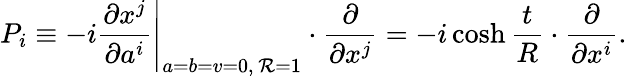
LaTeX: P_{i}\equiv-i\left.\frac{\partial x^{j}}{\partial a^{i}}\right|_{a=b=v=0,\, {\cal R}=1}\cdot\frac{\partial}{\partial x^{j}}=-i\cosh\frac{t}{R}\cdot\frac{\partial}{\partial x^{i}}.